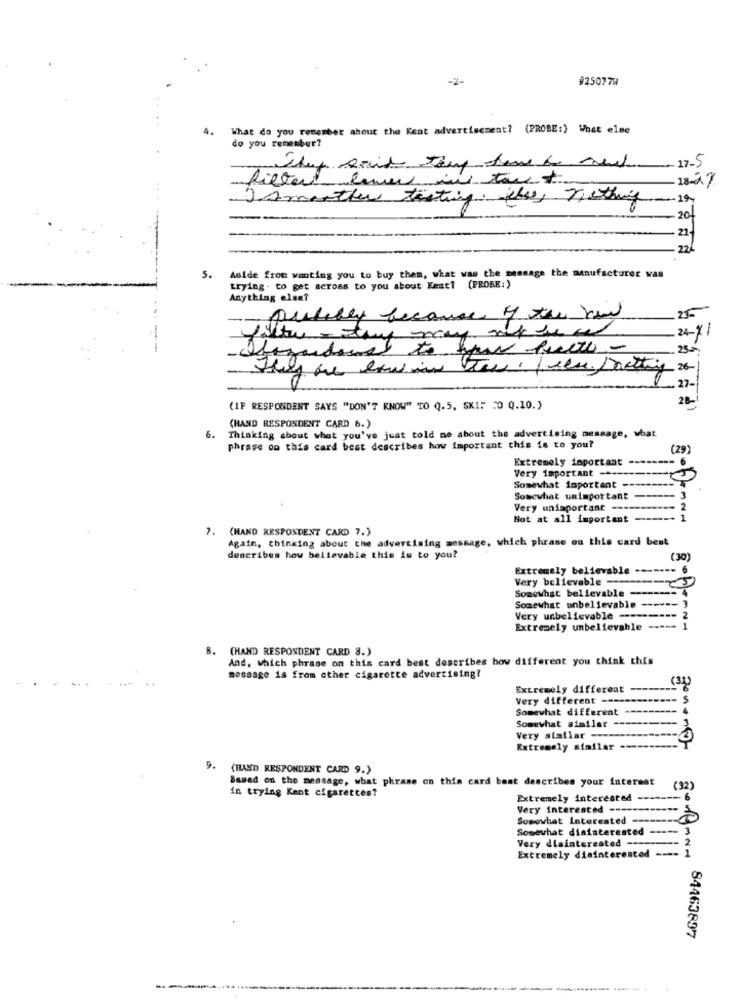
-2-
#25077W
4.
What do you remember about the Kent advertisement? (PROBE:) What else
do you remember?
17-5
filter live in tout
18-27
Jsmeother tasting che, nothing
-19
20
21-
22/
5.
Aside from wanting you to buy them, what was the message the manufacturer was
trying . to get across to you about Kent? (PROBE:)
Anything else?
putelly because of the new
25
24-%
25-
27-
28-
(IP RESPONDENT SAYS "DON'T KNOW" TO Q.5, SKIF 20 Q.10.)
Thinking about what you've just told me about the advertising message, what
(HAND RESPONDENT CARD 6.)
6.
phrase on this card best describes how important this is to you?
(29)
Extremely important
- 6
Very important -------
Somewhat important ---
Somewhat unimportant
Very unisportant ----
Not at all important
-
7. (HAND RESPONDENT CARD 7.)
Again, thinking about the advertising message, which phrase on this card best
describes how believable this is to you?
(30)
Extremely believable ------- 6
Very believable --
Somewhat believable ------ 4
Somewhat unbelievable ------ ]
Very unbelievable --------- 2
Extremely unbelievable ---- 1
B. (HAND RESPONDENT CARD 8.)
And, which phrase on this card best describes how different you think this
-
message is from other cigarette advertising?
Extremely different
Very different
Somewhat different
Somewhat similar
Very similar ---
Extremely stailar ----------
9. (HAND RESPONDENT CARD 9.)
Based on the message, what phrase on this card best describes your interest
(32)
in trying Kant cigarettes?
Extremely interested -----
Very interested ------
Somewhat Interested -----
Somewhat disinterested ----
Very dlainterested --
Extremely disinterested ====
84463897